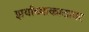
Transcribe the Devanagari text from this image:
झर्याच्याकाठावर